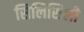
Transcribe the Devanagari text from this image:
सिलिसिली